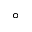
^ \circ